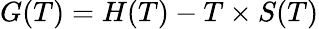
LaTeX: G(T)=H(T)-T\times S(T)